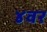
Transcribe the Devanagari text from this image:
४वर